Report of the Bombay Veterinary College
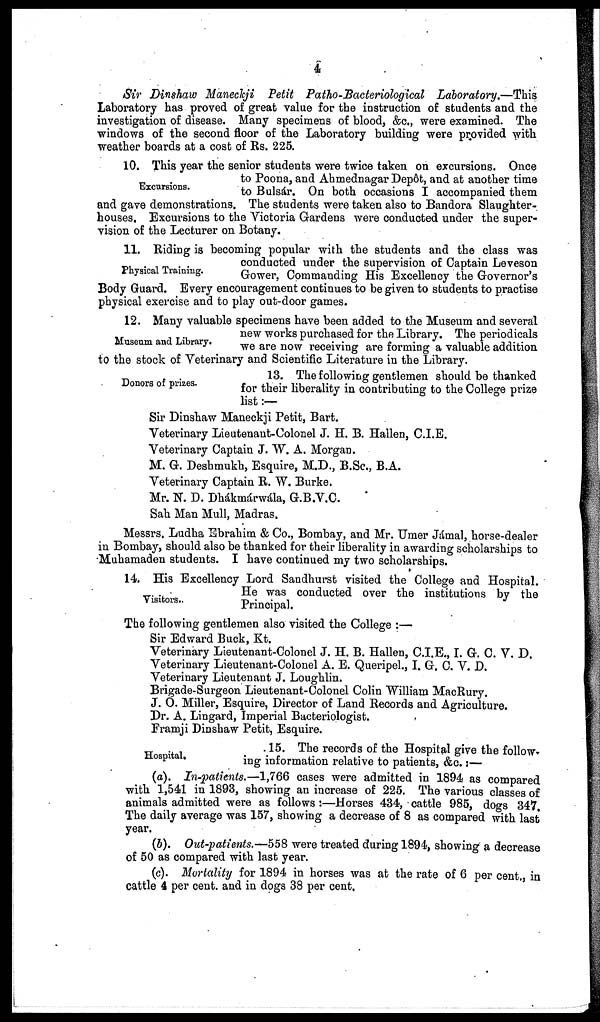
4
Sir Dinshaw Maneckji Petit Patho-Bacteriological Laboratory.—This
Laboratory has proved of great value for the instruction of students and the
investigation of disease. Many specimens of blood, &c., were examined. The
windows of the second floor of the Laboratory building were provided with
weather boards at a cost of Rs. 225.
Excursions.
10. This year the senior students were twice taken on excursions. Once
to Poona, and Ahmednagar Depôt, and at another time
to Bulsár. On both occasions I accompanied them
and gave demonstrations. The students were taken also to Bandora Slaughter-
houses. Excursions to the Victoria Gardens were conducted under the super-
vision of the Lecturer on Botany.
Physical Training.
11. Riding is becoming popular with the students and the class was
conducted under the supervision of Captain Leveson
Gower, Commanding His Excellency the Governor's
Body Guard. Every encouragement continues to be given to students to practise
physical exercise and to play out-door games.
Museum and Library.
12. Many valuable specimens have been added to the Museum and several
new works purchased for the Library. The periodicals
we are now receiving are forming a valuable addition
to the stock of Veterinary and Scientific Literature in the Library.
Donors of prizes.
13. The following gentlemen should be thanked
for their liberality in contributing to the College prize
list :—
Sir Dinshaw Maneckji Petit, Bart.
Veterinary Lieutenant-Colonel J. H. B. Hallen, C.I.E.
Veterinary Captain J. W. A. Morgan.
M. G. Deshmukh, Esquire, M.D., B.Sc., B.A.
Veterinary Captain R. W. Burke.
Mr. N. D. Dhákmárwála, G.B.V.C.
Sah Man Mull, Madras.
Messrs. Ludha Ebrahim & Co., Bombay, and Mr. Umer Jámal, horse-dealer
in Bombay, should also be thanked for their liberality in awarding scholarships to
Muhamaden students. I have continued my two scholarships.
Visitors.
14. His Excellency Lord Sandhurst visited the College and Hospital.
He was conducted over the institutions by the
Principal.
The following gentlemen also visited the College :—
Sir Edward Buck, Kt.
Veterinary Lieutenant-Colonel J. H. B. Hallen, C.I.E., I. G. C. V. D.
Veterinary Lieutenant-Colonel A. E. Queripel., I. G. C. V. D.
Veterinary Lieutenant J. Loughlin.
Brigade-Surgeon Lieutenant-Colonel Colin William MacRury.
J. O. Miller, Esquire, Director of Land Records and Agriculture.
Dr. A. Lingard, Imperial Bacteriologist.
Framji Dinshaw Petit, Esquire.
Hospital.
15. The records of the Hospital give the follow-
ing information relative to patients, &c. :—
(a). In-patients.—1,766 cases were admitted in 1894 as compared
with 1,541 in 1893, showing an increase of 225. The various classes of
animals admitted were as follows:—Horses 434, cattle 985, dogs 347.
The daily average was 157, showing a decrease of 8 as compared with last
year.
(b). Out-patients.—558 were treated during 1894, showing a decrease
of 50 as compared with last year.
(c). Mortality for 1894 in horses was at the rate of 6 per cent., in
cattle 4 per cent. and in dogs 38 per cent.